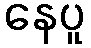
နေပူ